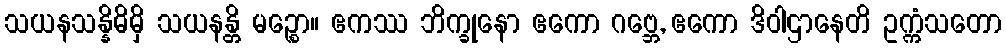
သယနသန္နိဓိမှိ သယနန္တိ မဉ္စော။ ဧကဿ ဘိက္ခုနော ဧကော ဂဗ္ဘေ, ဧကော ဒိဝါဌာနေတိ ဥက္ကံသတော